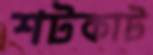
শটকাট